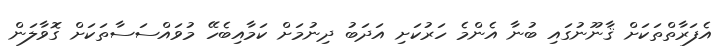
އެފަރާތްތަކަށް ޤާނޫނުގައި ބުނާ އެންމެ ހަރުކަށި އަދަބު ދިނުމަށް ކަމާއިބެހޭ މުވައްސަސާތަކަށް ގޮވާލަން